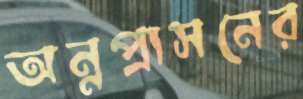
অন্নপ্রাসনের